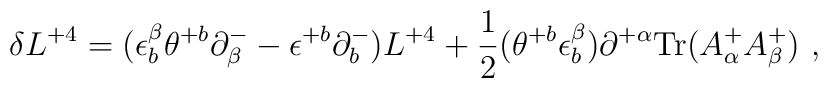
\delta L^{+4} = (\epsilon^\beta_b\theta^{+b} \partial^-_\beta- \epsilon^{+b}\partial^-_b) L^{+4} +{1\over 2} (\theta^{+b}\epsilon^\beta_b) \partial^{+\alpha}\mbox{Tr} (A^+_\alpha A^+_\beta) \ ,